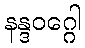
နန္ဒဝဂ္ဂေါ